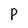
Character: P